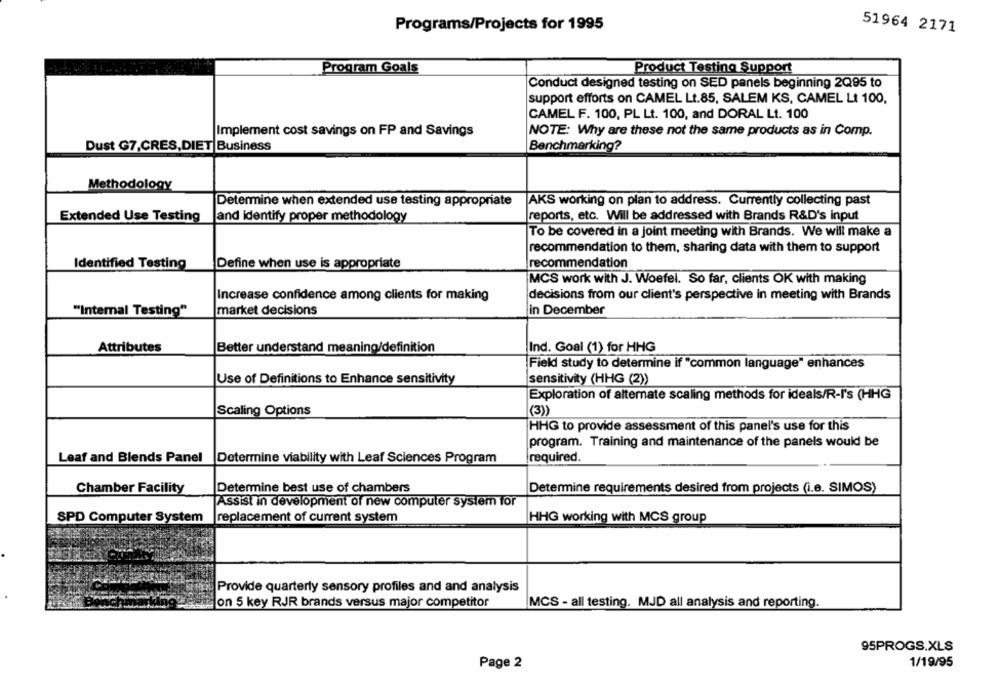
Programs/Projects for 1995
51964 2171
Program Goals
Product Testing Support
Conduct designed testing on SED panels beginning 2Q95 to
support efforts on CAMEL Lt.85, SALEM KS, CAMEL Lt 100,
CAMEL F. 100, PL Lt. 100, and DORAL Lt. 100
Implement cost savings on FP and Savings
NOTE: Why are these not the same products as in Comp.
Dust G7,CRES, DIET Business
Benchmarking?
Methodology
Determine when extended use testing appropriate
AKS working on plan to address. Currently collecting past
Extended Use Testing
Jand identify proper methodology
reports, etc. Will be addressed with Brands R&D's input
To be covered in a joint meeting with Brands. We will make a
recommendation to them, sharing data with them to support
Identified Testing
Define when use is appropriate
recommendation
MCS work with J. Woefel. So far, clients OK with making
Increase confidence among clients for making
decisions from our client's perspective in meeting with Brands
"Intemal Testing"
market decisions
in December
Attributes
Better understand meaning/definition
Ind. Goal (1) for HHG
Field study to determine if "common language" enhances
Use of Definitions to Enhance sensitivity
sensitivity (HHG (2))
Exploration of alternate scaling methods for ideals/R-I's (HHG
Scaling Options
(3))
HHG to provide assessment of this panel's use for this
program. Training and maintenance of the panels would be
Leaf and Blends Panel
Determine viability with Leaf Sciences Program
required.
Chamber Facility
Determine best use of chambers
Determine requirements desired from projects (i.e. SIMOS)
Assist in development of new computer system for
SPD Computer System
replacement of current system
HHG working with MCS group
Provide quarterly sensory profiles and and analysis
Jon 5 key RJR brands versus major competitor
MCS - all testing. MJD all analysis and reporting.
95PROGS.XLS
Page 2
1/19/95